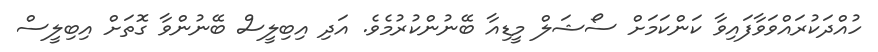
ހުއްދަކުރައްވަވާފައިވާ ކަންކަމަށް ސޯޝަލް މީޑިއާ ބޭނުންކުރުމެވެ. އަދި އިބިލީސް ބޭނުންވާ ގޮތަށް އިބިލީސް